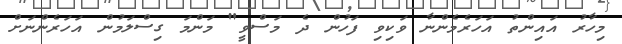
މިހާރު އައިންތު އަހަރެމެންނާ ވަކިވި ފަހުން ދެ މަސްވީ" މަންމަ ގިސްލަމުން އަހަރެންނަށް